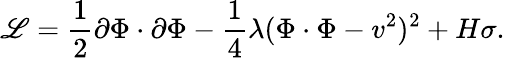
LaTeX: \mathscr{L}={\frac{{1}}{{2}}}\partial\Phi\cdot\partial\Phi-{\frac{{1}}{{4}}}\lambda(\Phi\cdot\Phi-v^{2})^{2}+H\sigma.